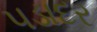
પડાદર